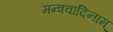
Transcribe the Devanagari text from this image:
मन्त्रवादिनाम्